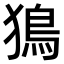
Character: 𤡕